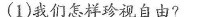
(1)我们怎样珍视自由?